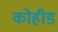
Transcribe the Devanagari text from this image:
कोहीड